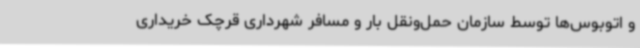
و اتوبوس‌ها توسط سازمان حمل‌ونقل بار و مسافر شهرداری قرچک خریداری